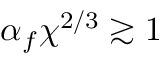
\alpha _ { f } \chi ^ { 2 / 3 } \gtrsim 1